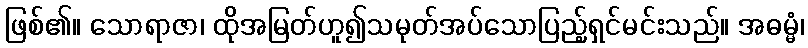
ဖြစ်၏။ သောရာဇာ၊ ထိုအမြတ်ဟူ၍သမုတ်အပ်သောပြည့်ရှင်မင်းသည်။ အဓမ္မံ၊